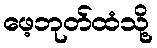
ဖေ့ဘုတ်ထံသို့